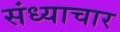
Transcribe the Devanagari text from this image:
संध्याचार